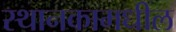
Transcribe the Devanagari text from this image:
स्थानकामधील